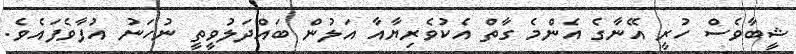
ޝީބާވެސް ހުރީ އޭނާގެ އެންމެ ގާތް އެކުވެރިޔާއާ އަލުން ބައްދަލުވީތީ ނުހަނު އުފާވެފައެވެ.